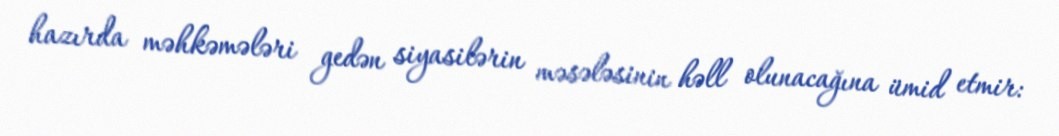
hazırda məhkəmələri gedən siyasilərin məsələsinin həll olunacağına ümid etmir: